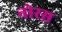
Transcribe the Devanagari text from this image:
नोरस